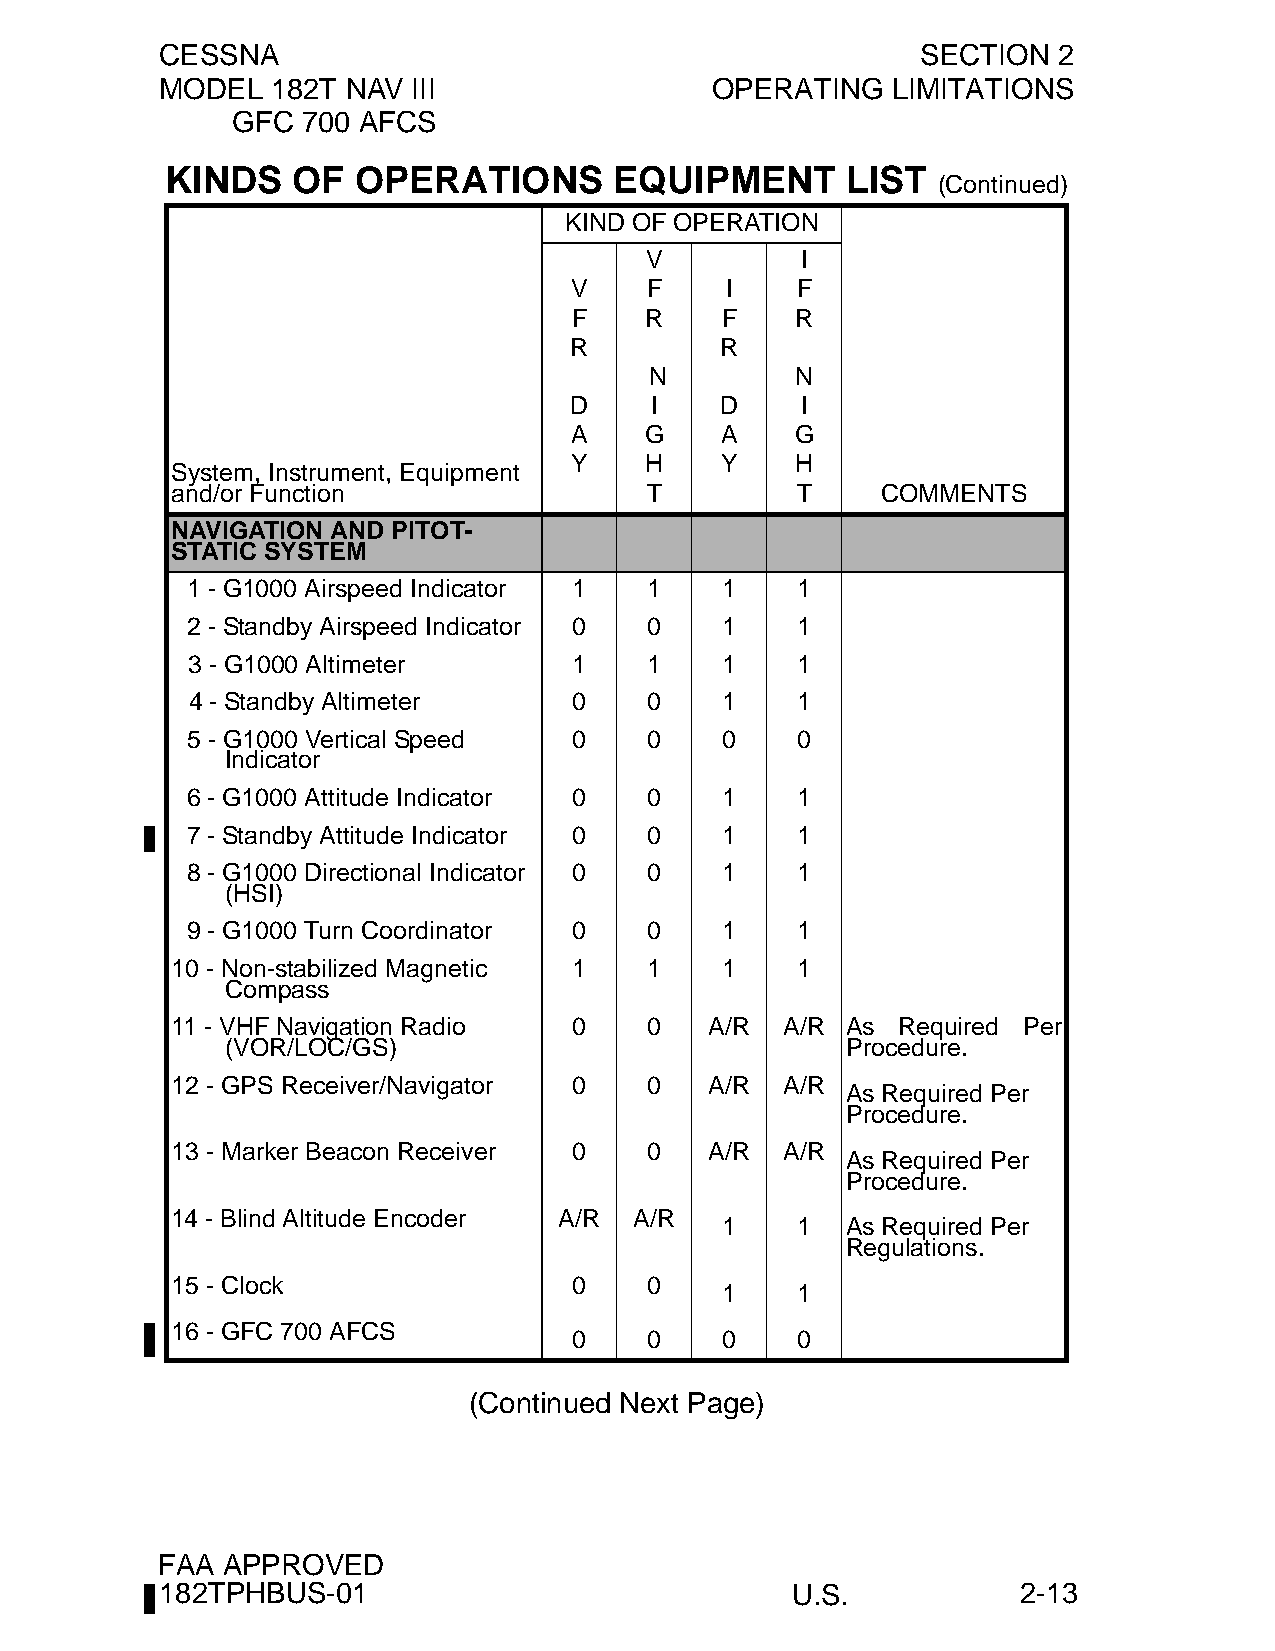
CESSNA                                            SECTION  2
 MODEL  182T NAV III                 OPERATING   LIMITATIONS
 GFC  700 AFCS
 KINDS   OF  OPERATIONS        EQUIPMENT      LIST
 (Continued)
 KIND OF OPERATION
 V         I
 V    F    I    F
 F    R    F    R
 R         R
 N         N
 D    I    D    I
 A    G    A    G
 Y    H    Y    H
 System, Instrument, Equipment
 and/or Function                 T         T    COMMENTS
 NAVIGATION AND PITOT-
 STATIC SYSTEM
 1 - G1000 Airspeed Indicator 1 1    1    1
 2 - Standby Airspeed Indicator 0 0  1    1
 3 - G1000 Altimeter       1    1    1    1
 4 - Standby Altimeter     0    0    1    1
 5 - G1000 Vertical Speed  0    0    0    0
 Indicator
 6 - G1000 Attitude Indicator 0 0    1    1
 7 - Standby Attitude Indicator 0 0  1    1
 8 - G1000 Directional Indicator 0 0 1    1
 (HSI)
 9 - G1000 Turn Coordinator 0   0    1    1
 10 - Non-stabilized Magnetic 1  1    1    1
 Compass
 11 - VHF Navigation Radio  0    0   A/R  A/R As  Required Per
 (VOR/LOC/GS)                             Procedure.
 12 - GPS Receiver/Navigator 0   0   A/R  A/R
 As Required Per
 Procedure.
 13 - Marker Beacon Receiver 0   0   A/R  A/R
 As Required Per
 Procedure.
 14 - Blind Altitude Encoder A/R A/R
 1    1  As Required Per
 Regulations.
 15 - Clock                 0    0
 1    1
 16 - GFC 700 AFCS
 0    0    0    0
 (Continued Next Page)
 FAA  APPROVED
 182TPHBUS-01                             U.S.            2-13